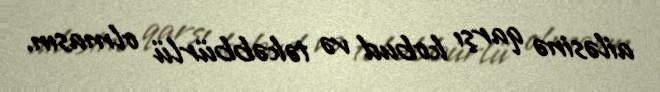
ailəsinə qarşı kobud və təkəbbürlü olmasın.